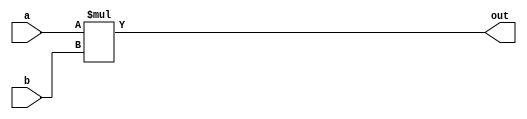
module XMult (
	input wire signed  [31:0] a,
	input wire signed [31:0] b,
	output wire signed [63:0] out
);
assign out= a*b;
endmodule